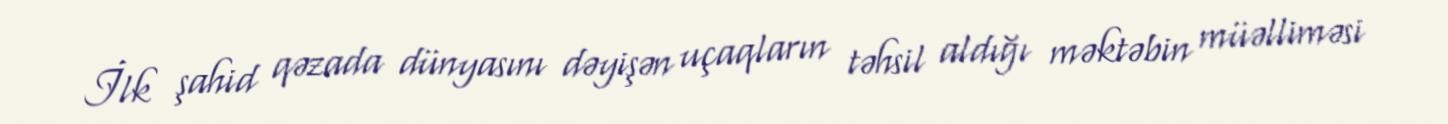
İlk şahid qəzada dünyasını dəyişən uçaqların təhsil aldığı məktəbin müəlliməsi